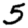
Digit: 5